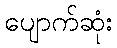
ပျောက်ဆုံး